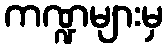
ကဏ္ဍများမှ